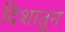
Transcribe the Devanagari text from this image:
दिशातून